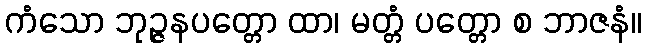
ကံသော ဘုဉ္ဇနပတ္တော ထာ၊ မတ္တံ ပတ္တော စ ဘာဇနံ။